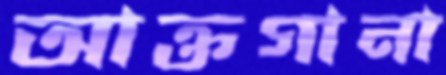
আক্তগানা